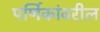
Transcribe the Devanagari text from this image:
पर्णिकांवरील